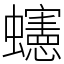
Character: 䘆